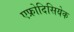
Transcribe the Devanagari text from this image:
एफ्रोदिसियेक